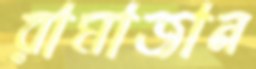
রামাজান